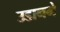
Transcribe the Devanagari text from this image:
उडानमे